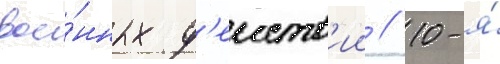
вое́нных д'еиств'ии // 10-я́